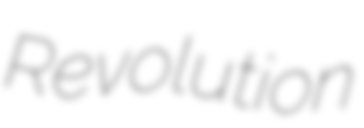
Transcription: Revolution